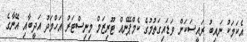
އެކަމަކު ނައިބު ރައީސަކަށް ވަޑައިގަތުމުގެ ކެމްޕޭނެއް ޓޫރިޒަމް މިނިސްޓަރު އަހްމަދު އަދީބާއި އޭނާގެ